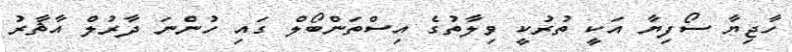
ހާޖިޔާ ސޯފިޔާ އަކީ ތުރުކީ ވިލާތުގެ އިސްތަންބޯލް ގައި ހުންނަ ދާރުލް އާޘާރު